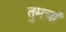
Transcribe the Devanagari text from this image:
तुमचां